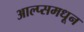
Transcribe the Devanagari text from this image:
आल्प्समधून